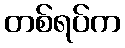
တစ်ရပ်က